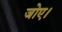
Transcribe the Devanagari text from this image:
जोए।